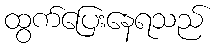
ထွက်ပြေးနေရသည်